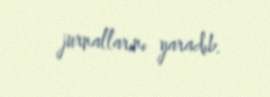
jurnallarını yaradıb.